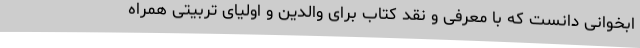
ابخوانی دانست که با معرفی و نقد کتاب برای والدین و اولیای تربیتی همراه